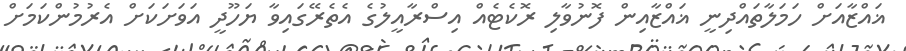
ޣައްޒާއަށް ހަމަލާތައްދިނީ ޣައްޒާއިން ފޮނުވާލި ރޮކެޓެއް އިސްރާއީލުގެ އެތެރޭގައިވާ ޔަހޫދީ އަވަށަކަށް އެރުމުންކަމަށް